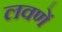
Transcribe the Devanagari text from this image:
लवणें